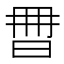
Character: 𣆩